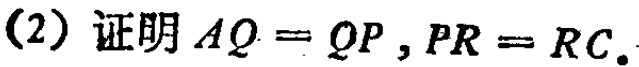
(2) 证明 \(AQ = QP,PR = RC\).